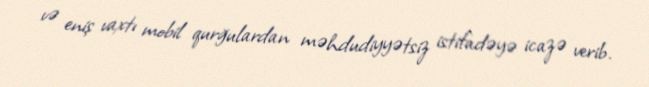
və eniş vaxtı mobil qurğulardan məhdudiyyətsiz istifadəyə icazə verib.